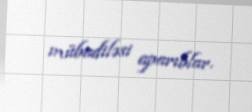
mübadiləsi aparıblar.